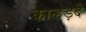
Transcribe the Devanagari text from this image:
कान्हड़दे